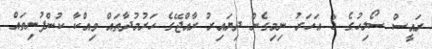
ރައީސް ސޯލިހުގެ 3 އަހަރު ނިމިގެން ދިޔައިރު ރާއްޖޭގެ ހަރުމުދާތައް ވިއްކާ ކުންފުނިތައް